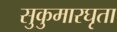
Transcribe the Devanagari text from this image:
सुकुमारघृता